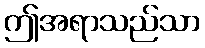
ဤအရာသည်သာ